Report of the Municipal Commissioner on the plague in Bombay for the year ending 31st May... - Volume 3
Disease focus: Plague
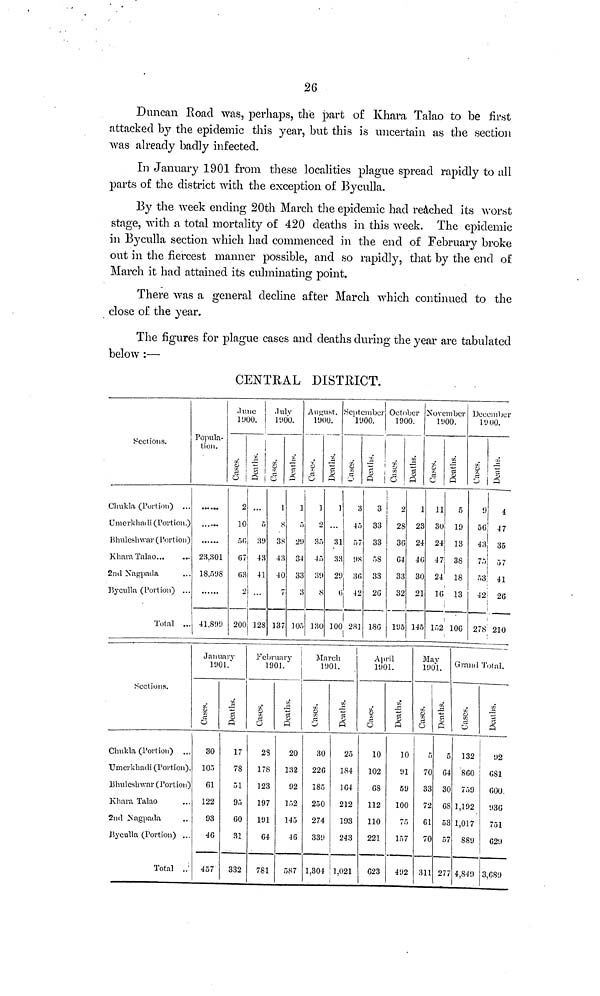
26
Duncan Road was, perhaps, the part of Khara Talao to be first
attacked by the epidemic this year, but this is uncertain as the section
was already badly infected.
In January 1901 from these localities plague spread rapidly to all
parts of the district with the exception of Byculla.
By the week ending 20th March the epidemic had reached its worst
stage, with a total mortality of 420 deaths in this week. The epidemic
in Byculla section which had commenced in the end of February broke
out in the fiercest manner possible, and so rapidly, that by the end of
March it had attained its culminating point.
There was a general decline after March which continued to the
close of the year.
The figures for plague cases and deaths during the year are tabulated
below :—
CENTRAL DISTRICT.
Sections.
Chukla (Portion) ...
Umerkhadi (Portion.)
Bhuleshwar (Portion)
Khara Talao...
2nd Nagpada
Byculla (Portion) ...
Total ...
Popula-
tion.
23.301
18,598
41,89!)
June
1900.
Cases.
2
10
56
07
63
2
200
Deaths.
5
39
43
41
128
July
1900.
Cases.
1
8
38
43
40
7
137
Deaths.
1
5
29
34
33
3
105
August.
1900.
Cases.
1
2
35
45
39
8
130
Deaths.
1
31
33
21
0
100
September
1900.
Cases.
3
45
57
98
36
42
281
Deaths.
3
33
33
58
33
2G
186
October
1900.
Cases.
9
28
36
G4
33
32
195
Deaths.
1
23
24
46
30
21
145
November
1900.
Cases.
11
30
24
47
24
16
152
Deaths.
5
19
13
38
18
13
106
December
1900.
Cases.
! )
56
43
75
53
42
278
Deaths.
i
47
35
57
41
26
210
Sections.
Chukla (Portion) ...
Umerkhadi (Portion).
Bhuleshwar (Portion)
Khara Talao
2nd Nagpada
Byculla (Portion) ...
Total ..'
January
1901.
Cases.
30
105
61
122
93
46
457
Deaths.
17
78
51
95
60
31
332
February
1901.
Cases.
23
178
123
197
191
64
781
Deaths.
20
132
92
152
145
46
587
March
1901.
Cases.
30
226
185
250
274
339
1.304
Deaths.
25
184
164
212
193
243
1.021
April
1901.
Cases.
10
102
68
112
110
221
623
Deaths.
10
91
59
100
75
157
492
May
1901.
Cases.
5
70
33
72
61
70
311
Deaths.
5
64
30
68
53
57
277
Grand Total.
Cases.
132
860
759
1,192
1,017
889
4,849
Deaths.
92
681
600,
936
751
629
3,689